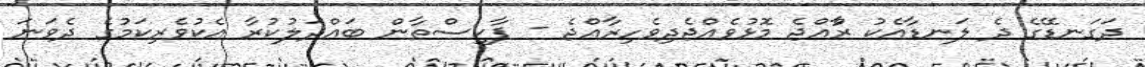
ދަގަނޑޭގެ ދެ ލަނޑާއެކު ރާްއްޖެ މޮޅުވެއްޖެދިވެހިރާއްޖެ - ޕާކިސްތާން ބައްދަލުކުރާ އެކުވެރިކަމުގެ ދެވަނަ